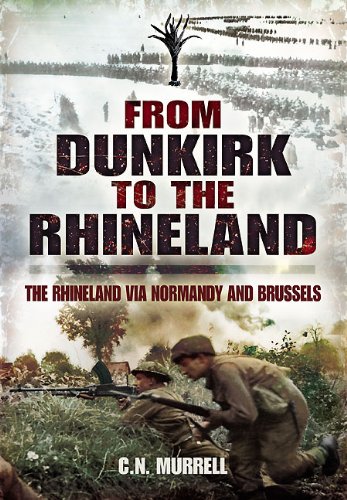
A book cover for FROM DUNKIRK TO THE RHINELAND: The Rhineland via Normandy and Brussels; C N Murrell; History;